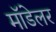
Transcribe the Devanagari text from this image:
मॉडेलर